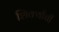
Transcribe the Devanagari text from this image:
शिर्क्यांची